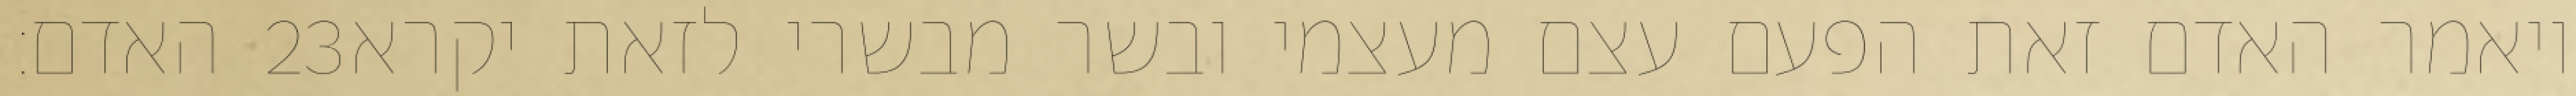
האדם׃ ‎23‏ ויאמר האדם זאת הפעם עצם מעצמי ובשר מבשרי לזאת יקרא